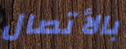
بالأتصال